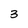
Character: 3